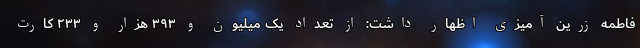
فاطمه زرین آمیزی اظهار داشت: از تعداد یک میلیون و ۳۹۳ هزار و ۲۳۳ کارت